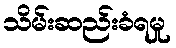
သိမ်းဆည်းခံရမှု